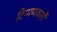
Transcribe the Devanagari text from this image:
टिप्पणकारों